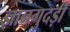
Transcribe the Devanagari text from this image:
ज्ञानगुदड़ी